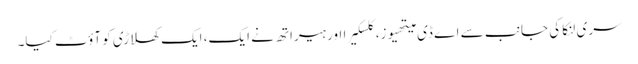
سری لنکا کی جانب سے اے ڈی میتھیوز، کلسکیرا اور ہیراتھ نے ایک، ایک کھلاڑی کو آؤٹ کیا۔